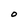
Character: O